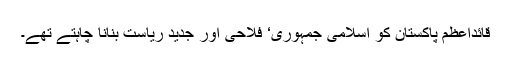
قائداعظم پاکستان کو اسلامی جمہوری‘ فلاحی اور جدید ریاست بنانا چاہتے تھے۔